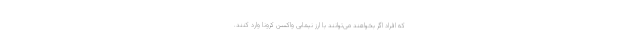
که افراد اگر بخواهند می‌توانند با ارز نیمایی واکسن کرونا وارد کنند.